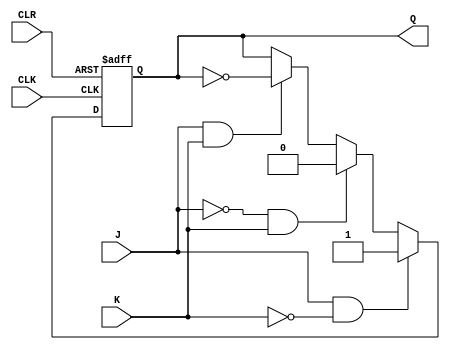
module JKLatch (
    input wire J,
    input wire K,
    input wire CLK,
    input wire CLR,
    output reg Q
);

    always @ (posedge CLK or posedge CLR)
    begin
        if (CLR)
            Q <= 1'b0;
        else if (J & ~K)
            Q <= 1'b1;
        else if (~J & K)
            Q <= 1'b0;
        else if (J & K)
            Q <= ~Q;
    end

endmodule